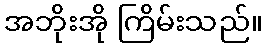
အဘိုးအို ကြိမ်းသည်။